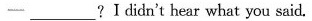
—— ___ ? I didn't hear what you said.